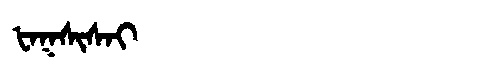
Manchu: ᡶᠠᡴᠰᡳᠰᠠᡳ
Romanization: FAKSISAI